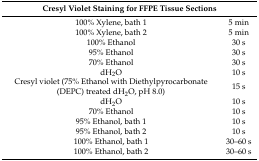
<table><thead><tr><td colspan="2"><b>Cresyl Violet Staining for FFPE Tissue Sections</b></td></tr></thead><tbody><tr><td>100% Xylene, bath 1</td><td>5 min</td></tr><tr><td>100% Xylene, bath 2</td><td>5 min</td></tr><tr><td>100% Ethanol</td><td>30 s</td></tr><tr><td>95% Ethanol</td><td>30 s</td></tr><tr><td>70% Ethanol</td><td>30 s</td></tr><tr><td>dH<sub>2</sub>O</td><td>10 s</td></tr><tr><td>Cresyl violet (75% Ethanol with Diethylpyrocarbonate (DEPC) treated dH<sub>2</sub>O, pH 8.0)</td><td>15 s</td></tr><tr><td>dH<sub>2</sub>O</td><td>10 s</td></tr><tr><td>70% Ethanol</td><td>10 s</td></tr><tr><td>95% Ethanol, bath 1</td><td>10 s</td></tr><tr><td>95% Ethanol, bath 2</td><td>10 s</td></tr><tr><td>100% Ethanol, bath 1</td><td>30–60 s</td></tr><tr><td>100% Ethanol, bath 2</td><td>30–60 s</td></tr></tbody></table>